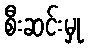
စီးဆင်းမှု